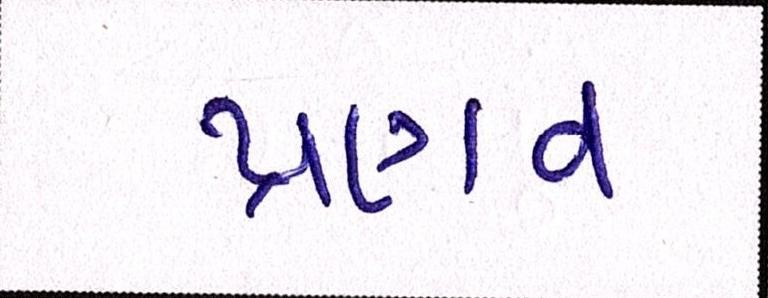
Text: પ્રણવ